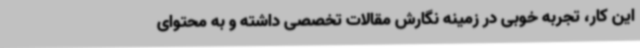
این کار، تجربه خوبی در زمینه نگارش مقالات تخصصی داشته و به محتوای